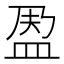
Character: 𱲐